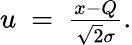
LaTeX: \begin{array}{r}{u\ =\ \frac{x-Q}{\sqrt{2}\sigma}.}\end{array}